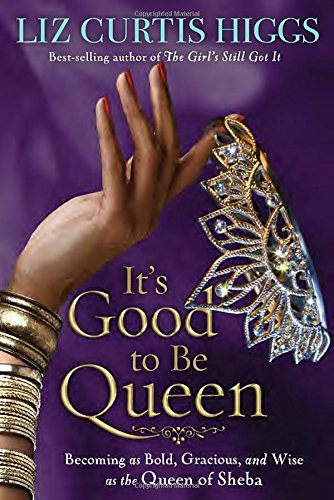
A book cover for It's Good to Be Queen: Becoming as Bold, Gracious, and Wise as the Queen of Sheba; Liz Curtis Higgs; Christian Books & Bibles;